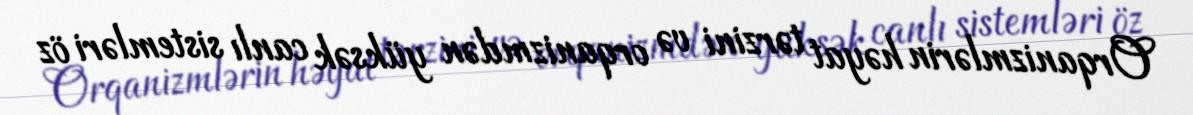
Orqanizmlərin həyat tərzini və orqanizmdən yüksək canlı sistemləri öz